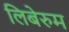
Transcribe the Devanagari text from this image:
लिबेरुम